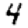
Digit: 4